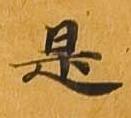
是